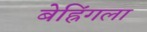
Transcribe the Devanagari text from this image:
बेह्रिंगला